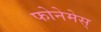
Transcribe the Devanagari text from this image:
फोनेमेस्